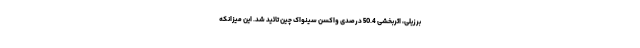
برزیلی، اثربخشی 50.4 درصدی واکسن سینواک چین تائید شد. این میزانکه